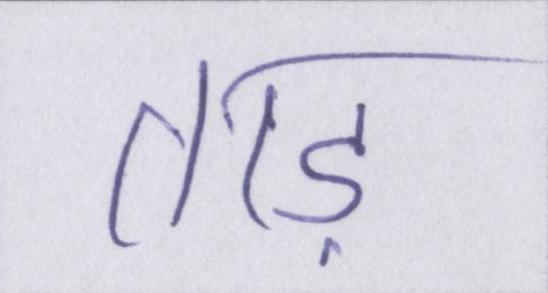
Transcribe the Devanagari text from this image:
ताड़